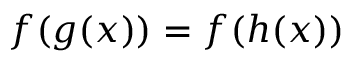
f ( g ( x ) ) = f ( h ( x ) )